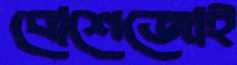
বোশেজোই